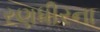
રણધીરના